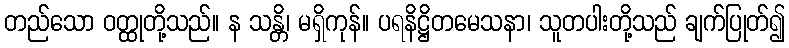
တည်သော ဝတ္ထုတို့သည်။ န သန္တိ၊ မရှိကုန်။ ပရနိဋ္ဌိတမေသနာ၊ သူတပါးတို့သည် ချက်ပြုတ်၍